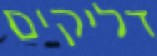
דליקים